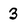
Character: 3